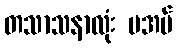
တသာသနာလုံး မအပ်